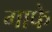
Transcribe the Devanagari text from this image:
गाफे